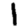
Digit: 1